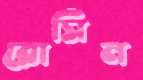
রোসিন